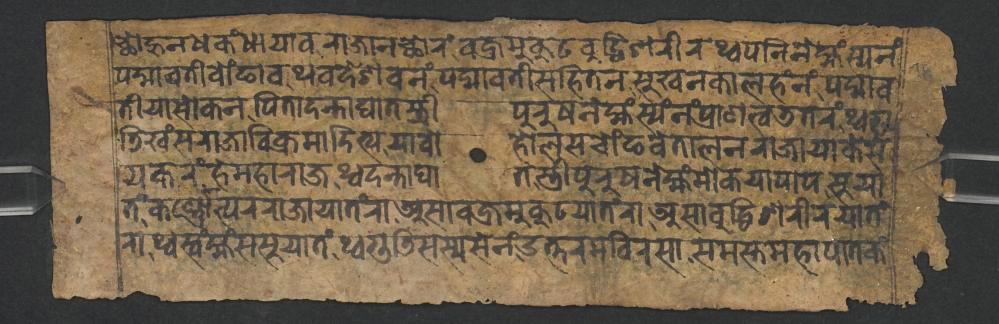
𑐕𑑀𑐴𑐸𑐣𑐢𑐎𑑄𑐢𑐵𑐫𑐵𑐰𑐬𑐵𑐖𑐵𑐣𑐕𑑀𑐬𑑄𑐰𑐖𑑂𑐬𑐩𑐸𑐎𑐸𑐚𑐧𑐸𑐡𑑂𑐢𑐶𑐱𑐬𑐷𑐬𑐠𑑂𑐰𑐥𑐣𑐶𑐣𑐾𑐩𑑂𑐴𑑄𑐳𑑂𑐫𑐣𑑄 𑐥𑐡𑑂𑐩𑐵𑐰𑐟𑐷𑐧𑑀𑑄𑐒𑐵𑐰𑐠𑐰𑐡𑐾𑐱𑐰𑐣𑑄𑐥𑐡𑑂𑐩𑐵𑐰𑐟𑐷𑐳𑐴𑐶𑐟𑐣𑐳𑐸𑐏𑐣𑐎𑐵𑐮𑐴𑑄𑐣𑑄𑐥𑐡𑑂𑐩𑐵𑐰 𑐟𑐷𑐫𑐵𑐳𑑀𑐎𑐣𑐥𑐶𑐟𑐵𑐡𑐣𑑂𑐟𑐵𑐑𑐵𑐟𑐳𑑂𑐟𑑂𑐬𑐷𑐥𑐸𑐬𑐸𑐲𑐣𑐾𑐩𑑂𑐴𑑄𑐳𑑂𑐫𑑄𑐣𑑄𑐥𑑂𑐬𑐵𑐞𑐟𑑂𑐰𑐜𑐟𑐬𑑄𑐠𑑂𑐰𑐐𑐸 𑐜𑐶𑐏𑑄𑐳𑐬𑐵𑐖𑐵𑐰𑐶𑐎𑑂𑐬𑐩𑐵𑐡𑐶𑐟𑑂𑐫𑐫𑐵𑐧𑑀𑐴𑑀𑐮𑐳𑐔𑑀𑑄𑐒𑐰𑐾𑐟𑐵𑐮𑐣𑐬𑐵𑐖𑐵𑐫𑐵𑐎𑐾𑐳𑐾 𑐫𑐎𑐬𑑄𑐴𑐾𑐩𑐴𑐵𑐬𑐵𑐖𑐠𑑂𑐰𑐡𑐣𑑂𑐟𑐵𑐑𑐵𑐟𑐳𑑂𑐟𑑂𑐬𑐷𑐥𑐸𑐬𑐸𑐲𑐣𑐾𑐩𑑂𑐴𑑄𑐩𑑀𑐎𑐫𑐵𑐥𑐵𑐥𑐳𑐸𑐫𑐵 𑐟𑑄𑐎𑐬𑑂𑐞𑑂𑐞𑑀𑐟𑑂𑐥𑐬𑐬𑐵𑐖𑐵𑐫𑐵𑐟𑑄𑐬𑐵𑐀𑐳𑐵𑐰𑐖𑑂𑐬𑐩𑐸𑐎𑐸𑐚𑐫𑐵𑐟𑑄𑐬𑐵𑐀𑐳𑐵𑐧𑐸𑐡𑑂𑐢𑐶𑐱𑐬𑐷𑐬𑐫𑐵𑐟𑑄 𑐬𑐵𑐠𑑂𑐰𑐳𑑂𑐰𑑄𑐩𑑂𑐴𑑄𑐳𑐳𑐸𑐫𑐵𑐟𑑄𑐠𑑂𑐰𑐐𑐸𑐜𑐶𑐳𑐳𑑂𑐫𑐳𑐾𑐣𑑄𑐄𑐟𑑂𑐟𑐬𑐩𑐧𑐶𑐬𑐳𑐵𑐳𑐩𑐳𑑂𑐟𑐩𑐴𑐵𑐥𑐵𑐟𑐎𑑄